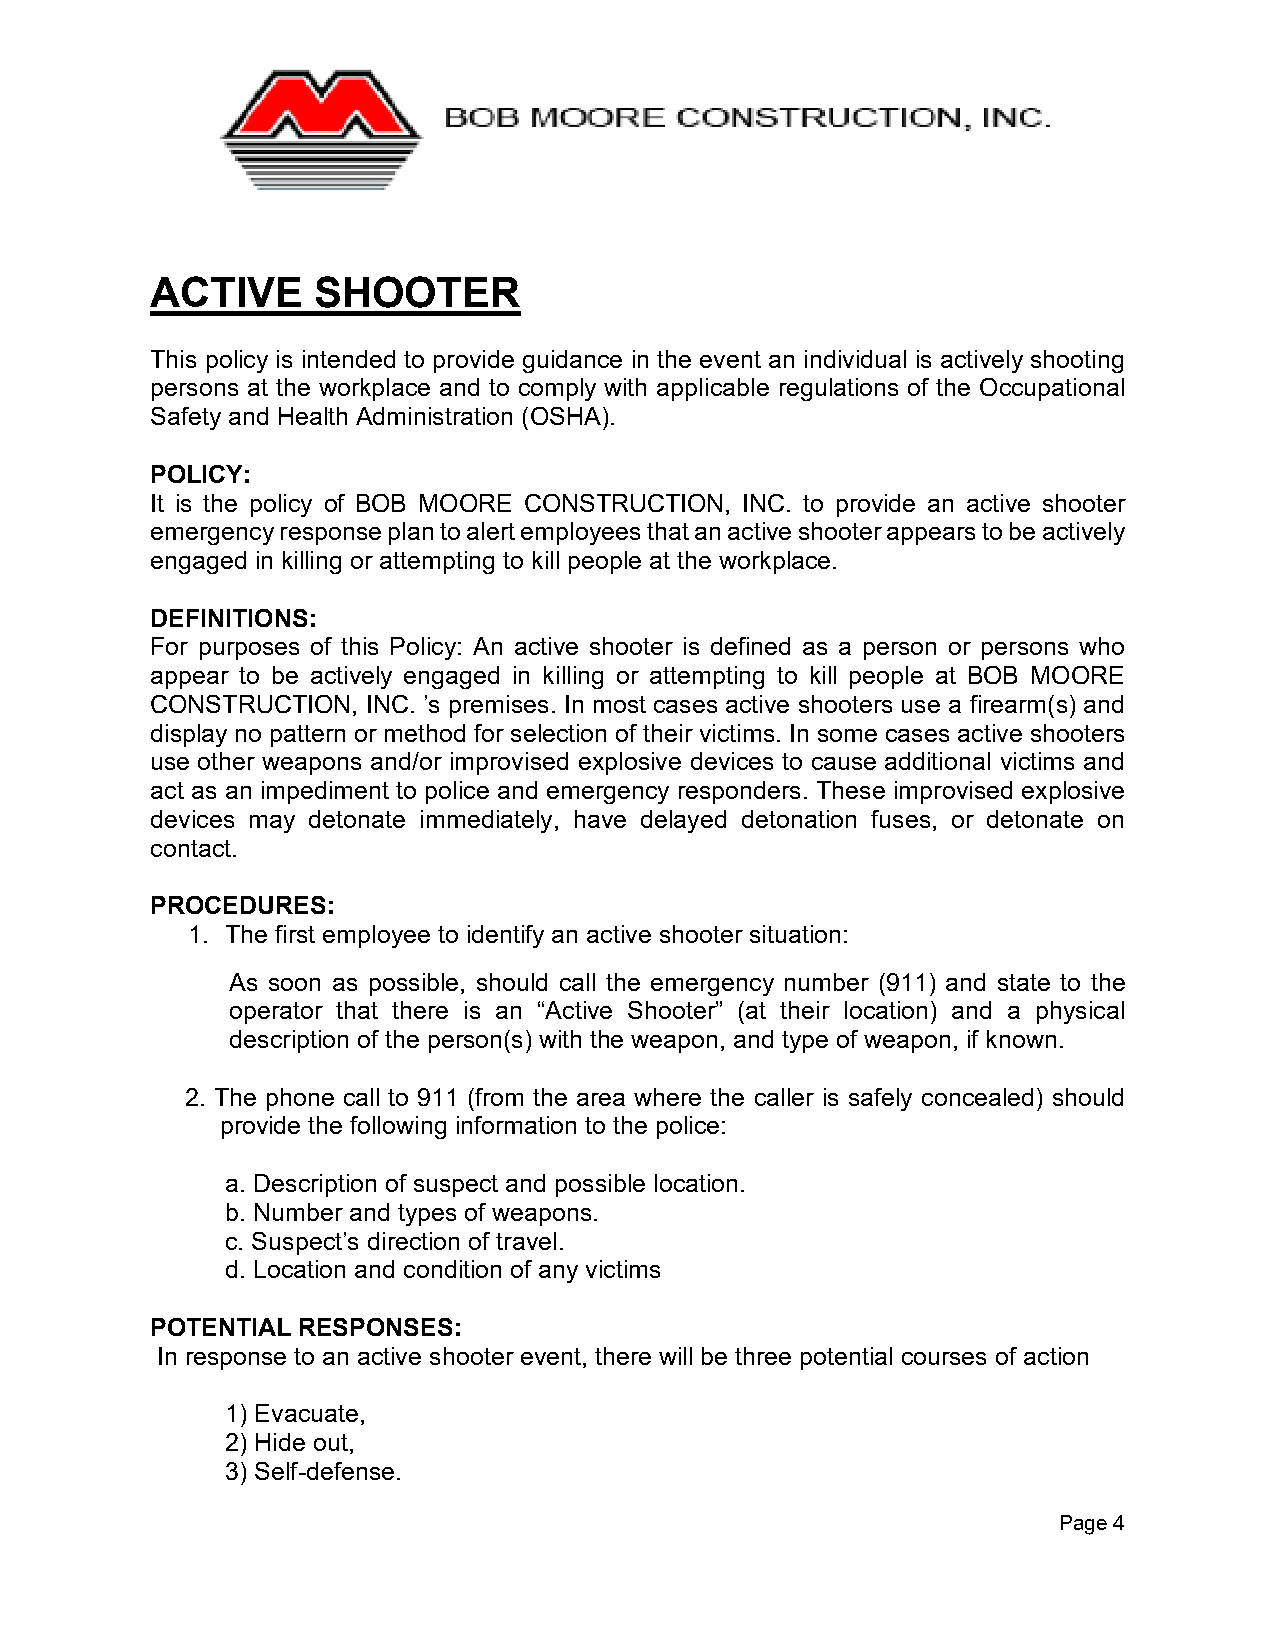
ACTIVE     SHOOTER
 This policy is intended to provide guidance in the event an individual is actively shooting
 persons at the workplace and to comply with applicable regulations of the Occupational
 Safety and Health Administration (OSHA).
 POLICY:
 It is the policy of BOB MOORE CONSTRUCTION, INC. to provide an active shooter
 emergency response plan to alert employees that an active shooter appears to be actively
 engaged in killing or attempting to kill people at the workplace.
 DEFINITIONS:
 For purposes of this Policy: An active shooter is defined as a person or persons who
 appear to be actively engaged in killing or attempting to kill people at BOB MOORE
 CONSTRUCTION, INC. ’s premises. In most cases active shooters use a firearm(s) and
 display no pattern or method for selection of their victims. In some cases active shooters
 use other weapons and/or improvised explosive devices to cause additional victims and
 act as an impediment to police and emergency responders. These improvised explosive
 devices may detonate immediately, have delayed detonation fuses, or detonate on
 contact.
 PROCEDURES:
 1. The first employee to identify an active shooter situation:
 As soon as possible, should call the emergency number (911) and state to the
 operator that there is an “Active Shooter” (at their location) and a physical
 description of the person(s) with the weapon, and type of weapon, if known.
 2. The phone call to 911 (from the area where the caller is safely concealed) should
 provide the following information to the police:
 a. Description of suspect and possible location.
 b. Number and types of weapons.
 c. Suspect’s direction of travel.
 d. Location and condition of any victims
 POTENTIAL RESPONSES:
 In response to an active shooter event, there will be three potential courses of action
 1) Evacuate,
 2) Hide out,
 3) Self-defense.
 Page 4